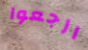
ارجعوا